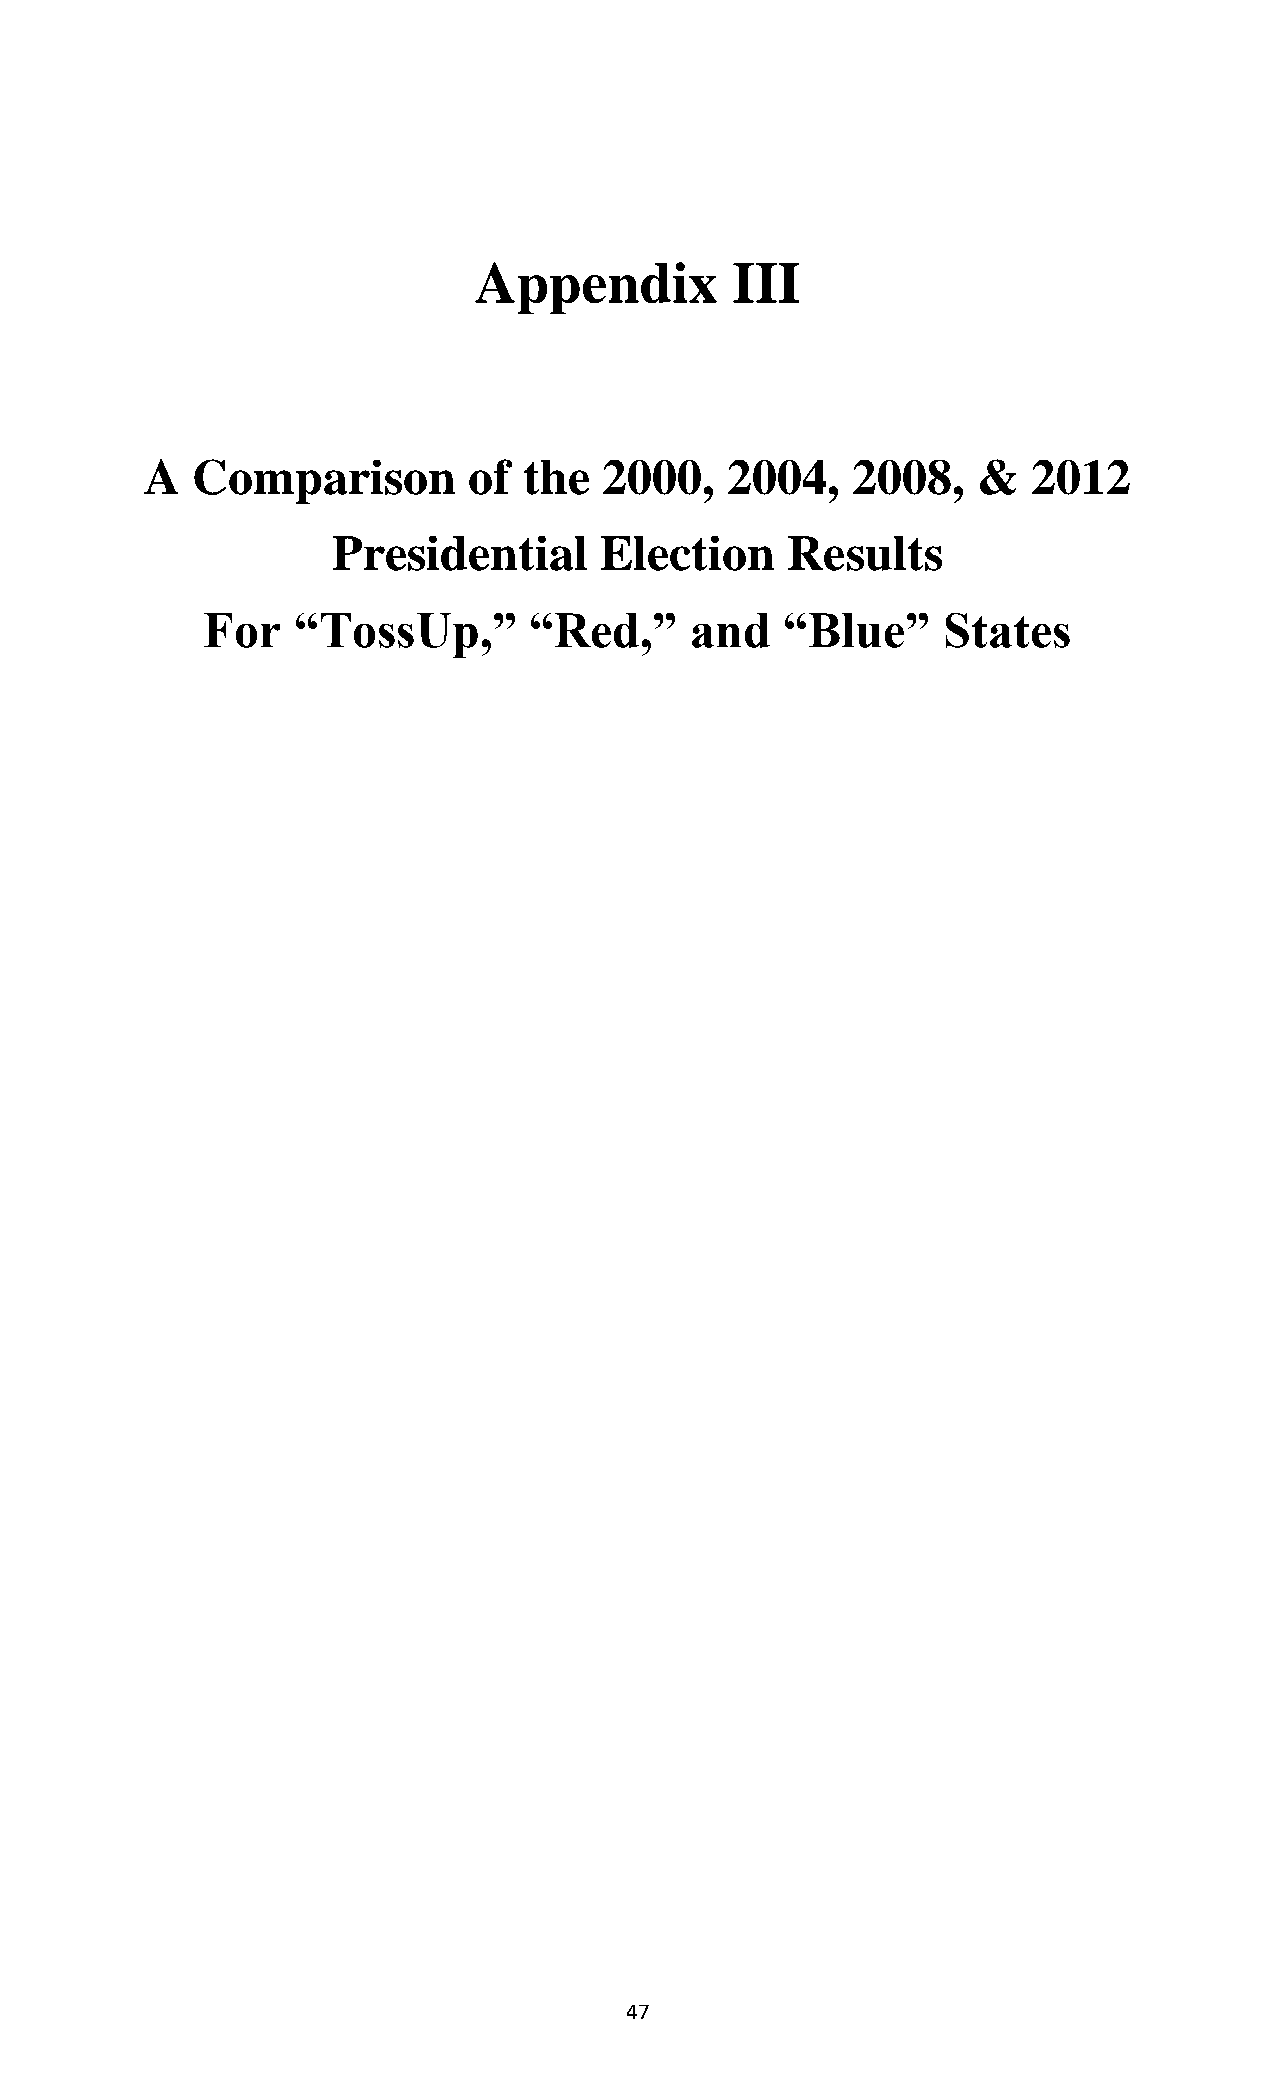
Appendix         III
 A  Comparison        of  the  2000,   2004,   2008,    &  2012
 Presidential      Election    Results
 For   “TossUp,”       “Red,”     and   “Blue”    States
 47